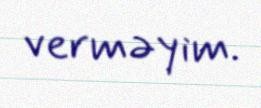
verməyim.